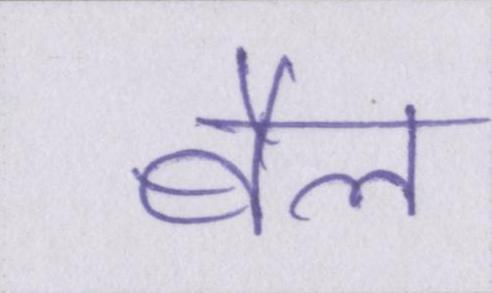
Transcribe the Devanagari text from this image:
बैल